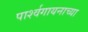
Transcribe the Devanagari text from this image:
पार्श्वगायनाच्या